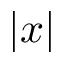
| x |